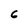
Character: 6